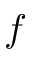
f